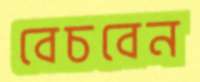
বেচবেন